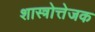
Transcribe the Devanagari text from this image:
शास्त्रोत्तेजक